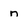
Character: n